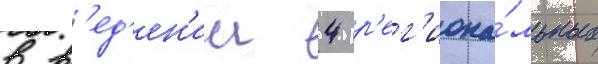
в в'ед'ен'ии 4 р'ег'иона́льных